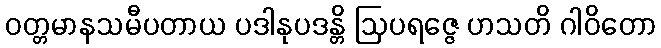
ဝတ္တမာနသမီပတာယ ပဒါနုပဒန္တိ ဩပရဇ္ဇေ ဟသတိ ဂါဝိတော